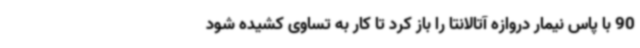
90 با پاس نیمار دروازه آتالانتا را باز کرد تا کار به تساوی کشیده شود